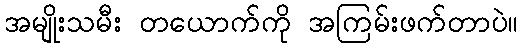
အမျိုးသမီး တယောက်ကို အကြမ်းဖက်တာပဲ။